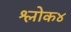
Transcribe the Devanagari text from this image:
श्लोक४